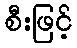
စီးဖြင့်